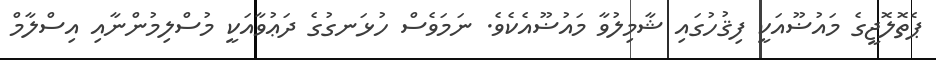
ޕެތޮލޮޖީގެ މައުޟޫއަކީ ފިޤުހުގައި ޝާމިލުވާ މައުޟޫއެކެވެ. ނަމަވެސް ހުޅަނގުގެ ދަޢުވާއަކީ މުސްލިމުންނާއި އިސްލާމް